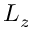
L _ { z }